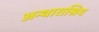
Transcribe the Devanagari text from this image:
अन्थाराश्रिय